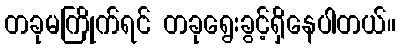
တခုမကြိုက်ရင် တခုရွေးခွင့်ရှိနေပါတယ်။